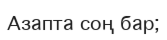
Азапта соң бар;